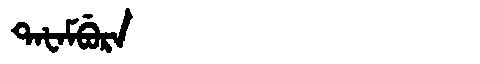
Manchu: ᡨᠠᡶᠠᠮᠪᡠᡵᠠ
Romanization: TAFAMBURA